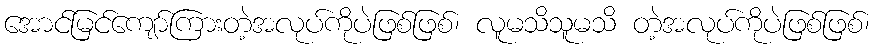
အောင်မြင်ကျော်ကြားတဲ့အလုပ်ကိုပဲဖြစ်ဖြစ်၊ လူမသိသူမသိ တဲ့အလုပ်ကိုပဲဖြစ်ဖြစ်၊